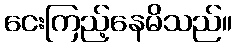
ငေးကြည့်နေမိသည်။